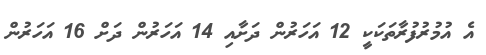
އެ އުމުރުފުރާތަކަކީ 12 އަހަރުން ދަށާއި 14 އަހަރުން ދަށް 16 އަހަރުން